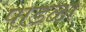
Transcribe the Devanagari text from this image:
पाडळा